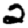
Digit: 2